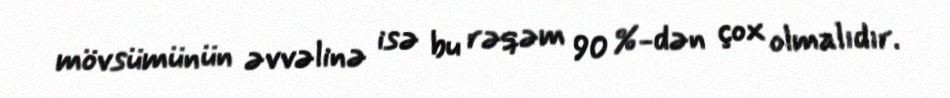
mövsümünün əvvəlinə isə bu rəqəm 90 %-dən çox olmalıdır.